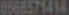
0568571414